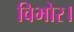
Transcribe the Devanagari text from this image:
विभोर।